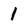
Character: 1